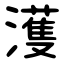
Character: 濩